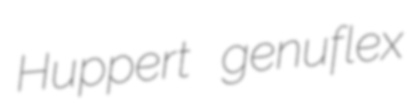
Huppert genuflex